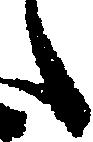
之